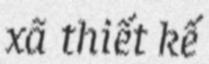
xã thiết kế